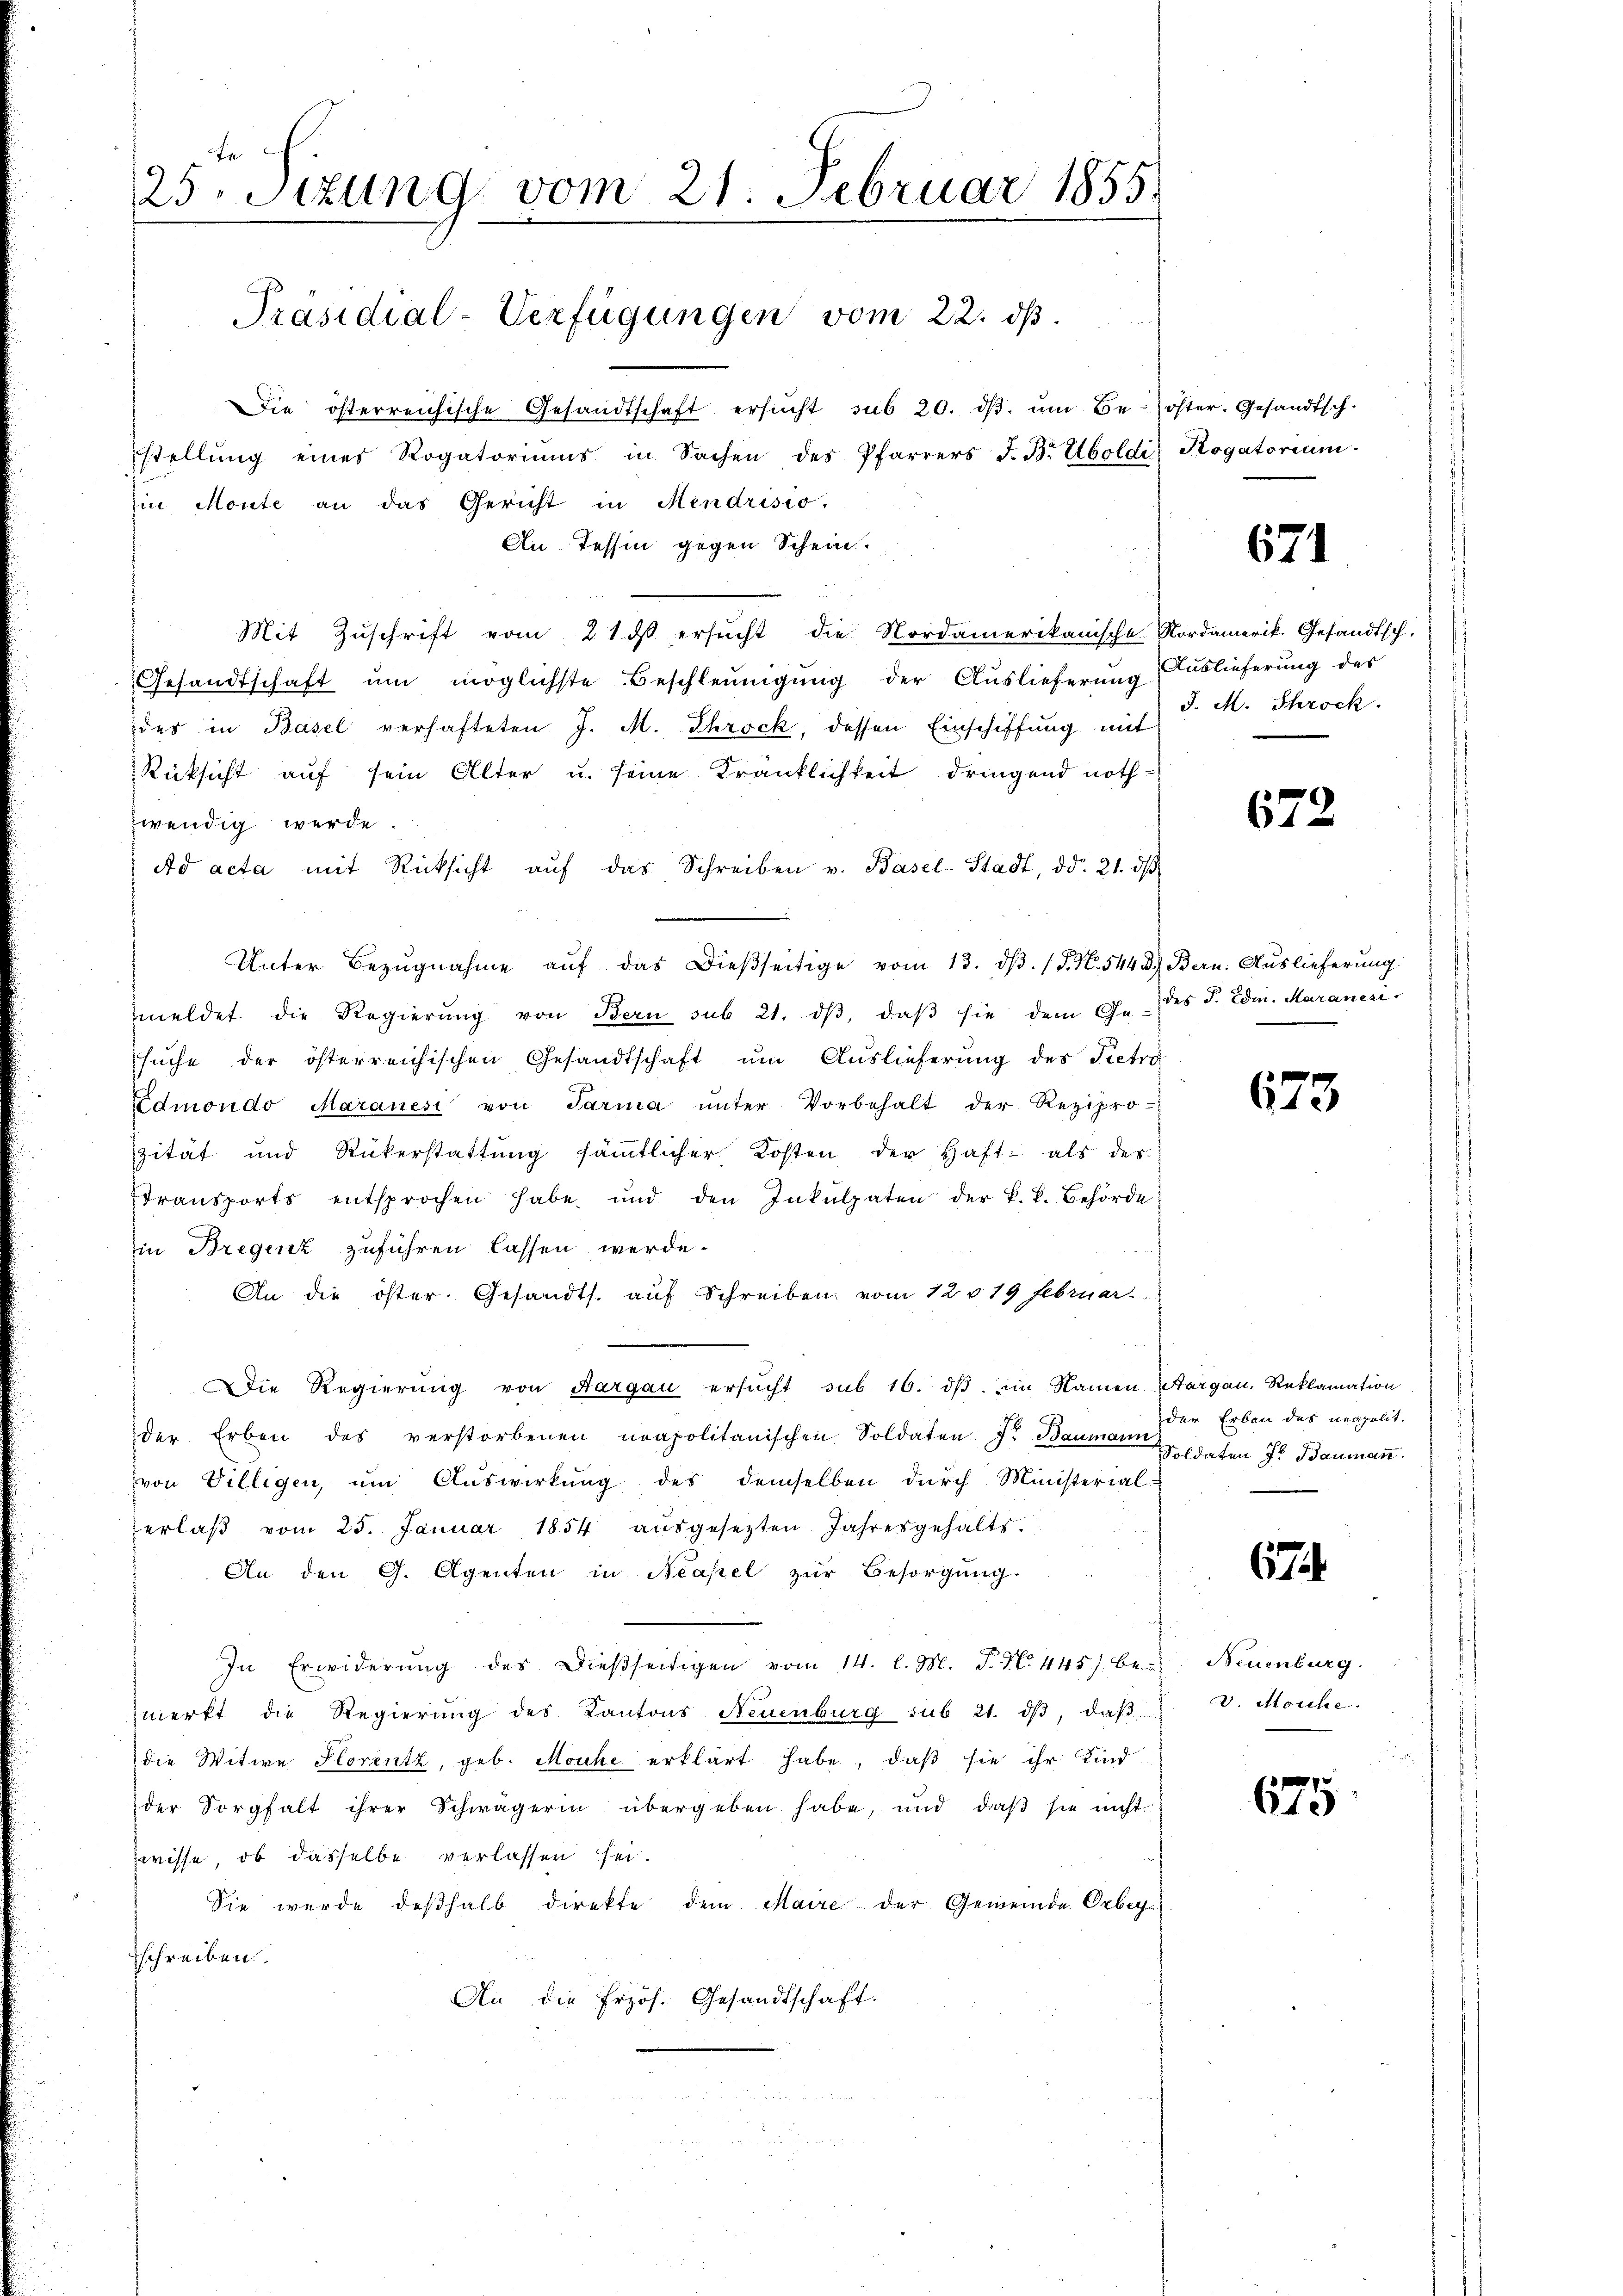
25 Stzung vom 21. Februar 1855.
Die österreichische Gesandtschaft ersŭcht sub 20. dβ. ŭm Be-öster. Gesandtsch.
stellŭng eines Rogatoriums in Sachen des Pfarrers J. B. Uboldi Rogatorium
Ein Monte an das Gericht in Mendrisio.
An Tessin gegen Schein.

Präsidial-Verfügungen vom 22. dβ.

Mit Zuschrift vom 21. dβ ersŭcht die Nordamerikanische Nordamerik. Gesandtsch.
Gesandtschaft ŭm möglichste Beschleunigŭng der Auslieferung Auslieferung der
des in Basel verhafteten J. M. Throck, dessen Einschiffung mit
Rücksicht auf sein Alter u. seine Kränklichkeit dringend nothzwendig werde.
Ad acta mit Rücksicht aŭf das Schreiben v. Basel-Stadt, dd. 21. dβ
Unter Bezŭgnahme aŭf das dießseitige vom 13. dβ. (T. N. 544. d. Bern. Auslieferung
meldet die Regierŭng von Bern sub 21. dβ, daβ sie dem Ge- des J. Edm. Maranesi
sŭche der österreichischen Gesandtschaft ŭm Auslieferung des Pietra
Edmondo Maranesi von Parma ŭnter Vorbehalt der Rezipro-
zität und Rückerstattŭng sämmtlicher Kosten der Haft- als des
transports entsprochen habe und den Inkulpaten der k.k. Behörde
in Bregenz zuführen lassen werde.
An die öster. Gesandts. aŭf Schreiben vom 12 v. 19 Februar
Die Regierŭng von Aargau ersŭcht sub 16. dβ. im Namen Aargau, Reklamation
der Erben des verstorbenen neapolitanischen Soldaten Jr. Baumann
von Villigen, um Auswirkung des demselben durch Ministerial-
erlaβ vom 25. Januar 1854 aŭsgesetzten Jahresgehalts-
An den G. Agenten in Neapel zŭr Besorgŭng.
In Erwiderung des dießseitigen vom 14. l. M. P. Nr. 445 be-
merkt die Regierung des Kantons Neuenburg sub 21. dβ, daβ
die Witwe Plorentz, geb. Mouche erklärt habe, daß sie ihr Kind
der Sorgfalt ihrer Schwägerin übergeben habe, und daß sie nicht
zwisse, ob dasselbe verlassen sei.
Sie wurde deßhalb direkte dem Maire der Gemeinde Orbeysschreiben.
An die Erzös. Gesandtschaft.

671

J. M. Schrock.

672

673

der Erben des neapolit.
Soldaten J. Baumann.

67

Neuenburg.
V. Monke.

675